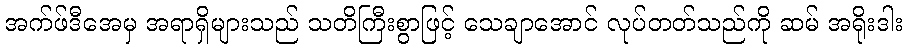
အက်ဖ်ဒီအေမှ အရာရှိများသည် သတိကြီးစွာဖြင့် သေချာအောင် လုပ်တတ်သည်ကို ဆမ် အရိုးဒါး